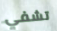
تشفي